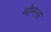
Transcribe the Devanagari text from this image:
मोग्स्ल